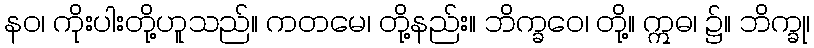
နဝ၊ ကိုးပါးတို့ဟူသည်။ ကတမေ၊ တို့နည်း။ ဘိက္ခဝေ၊ တို့။ ဣဓ၊ ၌။ ဘိက္ခု၊